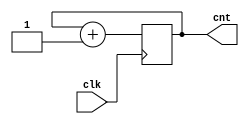
module cntr(
    input clk,
    output reg [1:0] cnt
);

always @(posedge clk)
    begin
        cnt <= cnt + 1; 
    end

endmodule